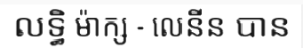
លទ្ធិ ម៉ាក្ស - លេនីន បាន